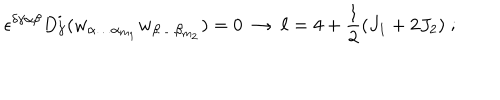
\epsilon ^ { \delta \gamma \alpha \beta } D _ { \gamma } ^ { i } ( w _ { \alpha \ldots \alpha _ { m _ { 1 } } } w _ { \beta \ldots \beta _ { m _ { 2 } } } ) = 0 \ \rightarrow \ \ell = 4 + { \frac { 1 } { 2 } } ( J _ { 1 } + 2 J _ { 2 } ) \; ;